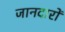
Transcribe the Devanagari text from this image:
जानदारों